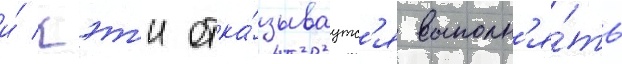
и́ кэт'и отка́зываутс'я выполн'я́ть